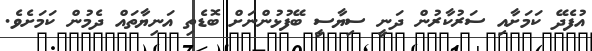
އުފެދޭ ކަމަށާއި ސަރުކާރުން ދަނީ ސިޔާސީ ބޭފުޅުންނަށް ބޮޑެތި އަނިޔާތައް ދެމުން ކަމަށެވެ.